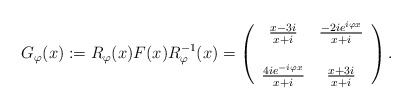
\begin{align*}G_{\varphi}(x) := R_{\varphi}(x) F(x) R_{\varphi}^{-1}(x) =\left(\begin{array}{cc}\frac{x - 3 i}{x + i} & \frac{- 2 i e^{i \varphi x}}{x + i} \\& \\\frac{4 i e^{- i \varphi x}}{x + i} & \frac{x + 3 i}{x + i}\end{array}\right).\end{align*}